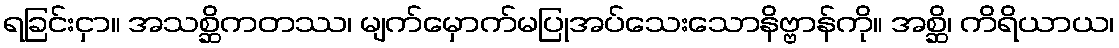
ရခြင်းငှာ။ အသစ္ဆိကတဿ၊ မျက်မှောက်မပြုအပ်သေးသောနိဗ္ဗာန်ကို။ အစ္ဆိ၊ ကိရိယာယ၊